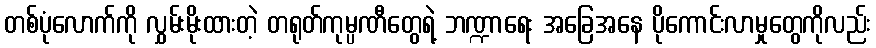
တစ်ပုံလောက်ကို လွှမ်းမိုးထားတဲ့ တရုတ်ကုမ္ပဏီတွေရဲ့ ဘဏ္ဍာရေး အခြေအနေ ပိုကောင်းလာမှုတွေကိုလည်း